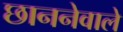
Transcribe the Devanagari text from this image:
छाननेवाले